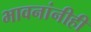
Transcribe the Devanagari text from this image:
भावनांनीही